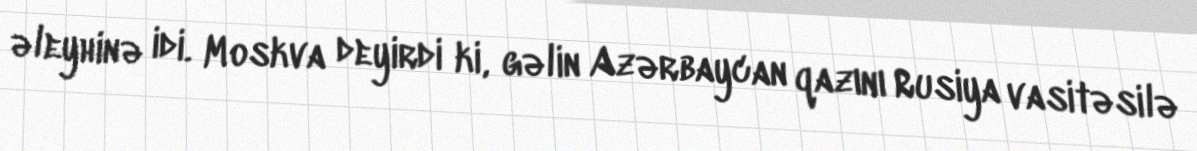
əleyhinə idi. Moskva deyirdi ki, gəlin Azərbaycan qazını Rusiya vasitəsilə